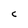
Character: C